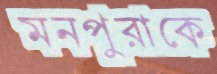
মনপুরাকে